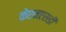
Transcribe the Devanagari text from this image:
केएनएसडी